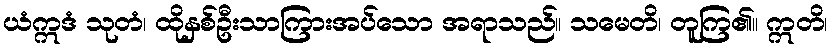
ယံဣဒံ သုတံ၊ ထိုနှစ်ဦးသာကြားအပ်သော အရာသည်။ သမေတိ၊ တူကြ၏။ ဣတိ၊